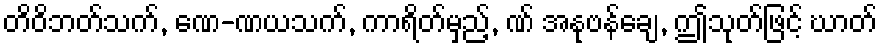
တိဝိဘတ်သက်, ဏေ-ဏယသက်, ကာရိတ်မှည့်, ဏ် အနုဗန်ချေ, ဤသုတ်ဖြင့် ဃာတ်